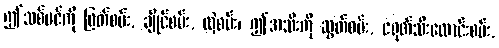
ဤသစ်ပင်ကို ဖြတ်စမ်း, ချိုင်စမ်း, လှဲစမ်း၊ ဤအသီးကို ဆွတ်စမ်း, ငရုတ်သီးထောင်းစမ်း,